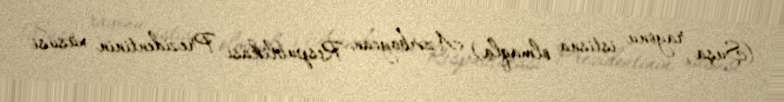
(Şuşa rayonu istisna olmaqla) Azərbaycan Respublikası Prezidentinin xüsusi